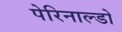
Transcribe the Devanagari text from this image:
पेरिनाल्डो